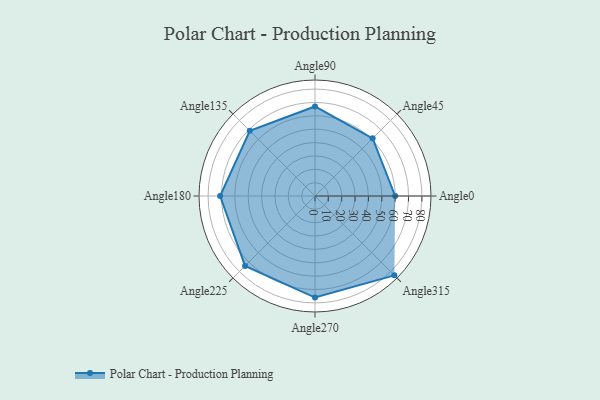
{"axis": {"x": "Angle", "y": "Radius"}, "legend": [""], "data": [{"x": "Angle0", "y": 60.0, "type": ""}, {"x": "Angle45", "y": 61.0, "type": ""}, {"x": "Angle90", "y": 67.0, "type": ""}, {"x": "Angle135", "y": 69.0, "type": ""}, {"x": "Angle180", "y": 71.0, "type": ""}, {"x": "Angle225", "y": 74.0, "type": ""}, {"x": "Angle270", "y": 76.0, "type": ""}, {"x": "Angle315", "y": 84.0, "type": ""}]}